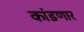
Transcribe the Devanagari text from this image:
कांडणार